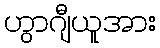
ဟွာဂျီယူအား